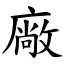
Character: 廠